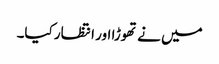
میں نے تھوڑا اور انتظار کیا۔